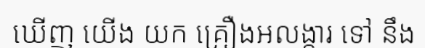
ឃើញ យើង យក គ្រឿងអលង្ការ ទៅ នឹង